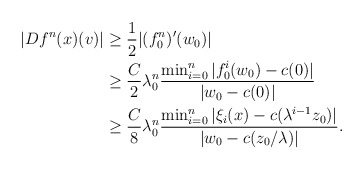
\begin{align*}|Df^{n}(x)(v)|&\geq \frac{1}{2} |(f_0^n)'(w_0)| \\&\geq \frac{C}{2} \lambda_0^n \frac{\min_{i=0}^{n}|f_0^i(w_0)-c(0)|}{|w_0-c(0)|} \\&\geq \frac{C}{8} \lambda_0^n \frac{\min_{i=0}^{n}|\xi_{i}(x)-c(\lambda^{i-1}z_0)|}{|w_0-c(z_{0}/\lambda)|}.\end{align*}